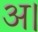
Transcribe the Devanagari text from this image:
अ।